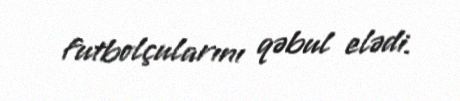
futbolçularını qəbul elədi.